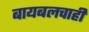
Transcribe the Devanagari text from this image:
बायबलचाही